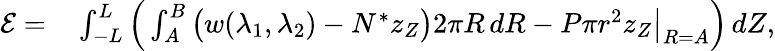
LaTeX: \begin{array}{rl}{\mathcal{E}=}&{{}\int_{-L}^{L}\Big(\int_{A}^{B}\big(w(\lambda_{1},\lambda_{2})-N^{*}z_{Z}\big)2\pi R\, dR-P\pi r^{2}z_{Z}\big|_{R=A}\Big)\, dZ,}\end{array}